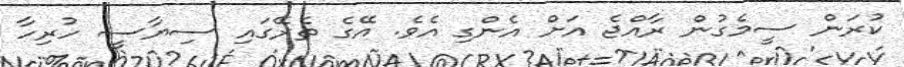
ކުރަން ސީމެގުން ރާއްޖެ އަށް އެންގި އެވެ. އޭގެ ތެރޭގައި ސިޔާސީ ހުރިހާ